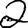
Digit: 2